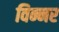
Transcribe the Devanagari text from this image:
विन्नर